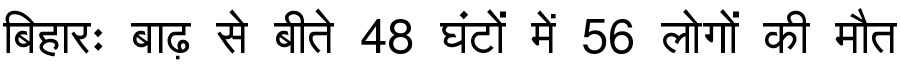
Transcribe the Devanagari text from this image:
बिहारः बाढ़ से बीते 48 घंटों में 56 लोगों की मौत